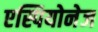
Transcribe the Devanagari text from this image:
एस्पियोनेज